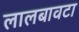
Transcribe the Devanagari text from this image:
लालबावटा